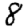
Digit: 8